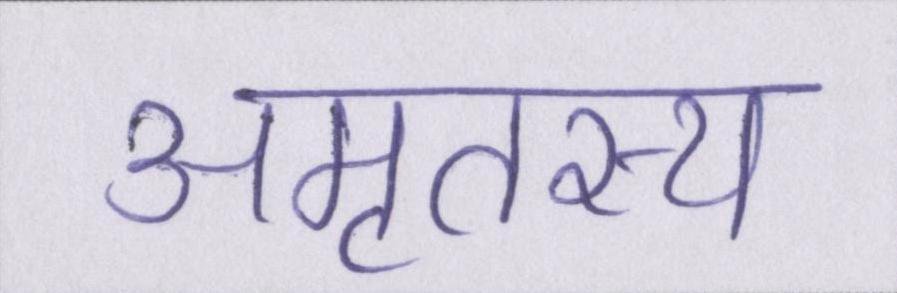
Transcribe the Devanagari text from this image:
अमृतस्य